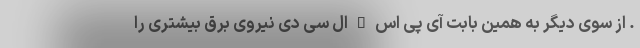
. از سوی دیگر به همین بابت آی پی اس – ال سی دی نیروی برق بیشتری را